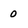
Character: o